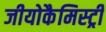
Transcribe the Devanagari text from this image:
जीयोकैमिस्ट्री